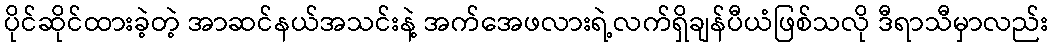
ပိုင်ဆိုင်ထားခဲ့တဲ့ အာဆင်နယ်အသင်းနဲ့ အက်အေဖလားရဲ့လက်ရှိချန်ပီယံဖြစ်သလို ဒီရာသီမှာလည်း